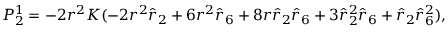
P _ { 2 } ^ { 1 } = - 2 r ^ { 2 } K ( - 2 r ^ { 2 } \hat { r } _ { 2 } + 6 r ^ { 2 } \hat { r } _ { 6 } + 8 r \hat { r } _ { 2 } \hat { r } _ { 6 } + 3 \hat { r } _ { 2 } ^ { 2 } \hat { r } _ { 6 } + \hat { r } _ { 2 } \hat { r } _ { 6 } ^ { 2 } ) ,